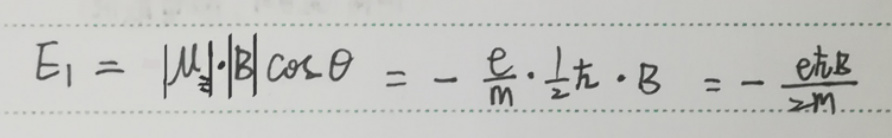
\[ E_1 = |\mu_{\vec{s}}|\cdot|B|\cos\theta = -\frac{e}{m}\cdot\frac{1}{2}\hbar\cdot B = -\frac{e\hbar B}{2m} \]